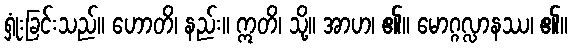
ရှုံးခြင်းသည်။ ဟောတိ၊ နည်း။ ဣတိ၊ သို့။ အာဟ၊ ၏။ မောဂ္ဂလ္လာနဿ၊ ၏။